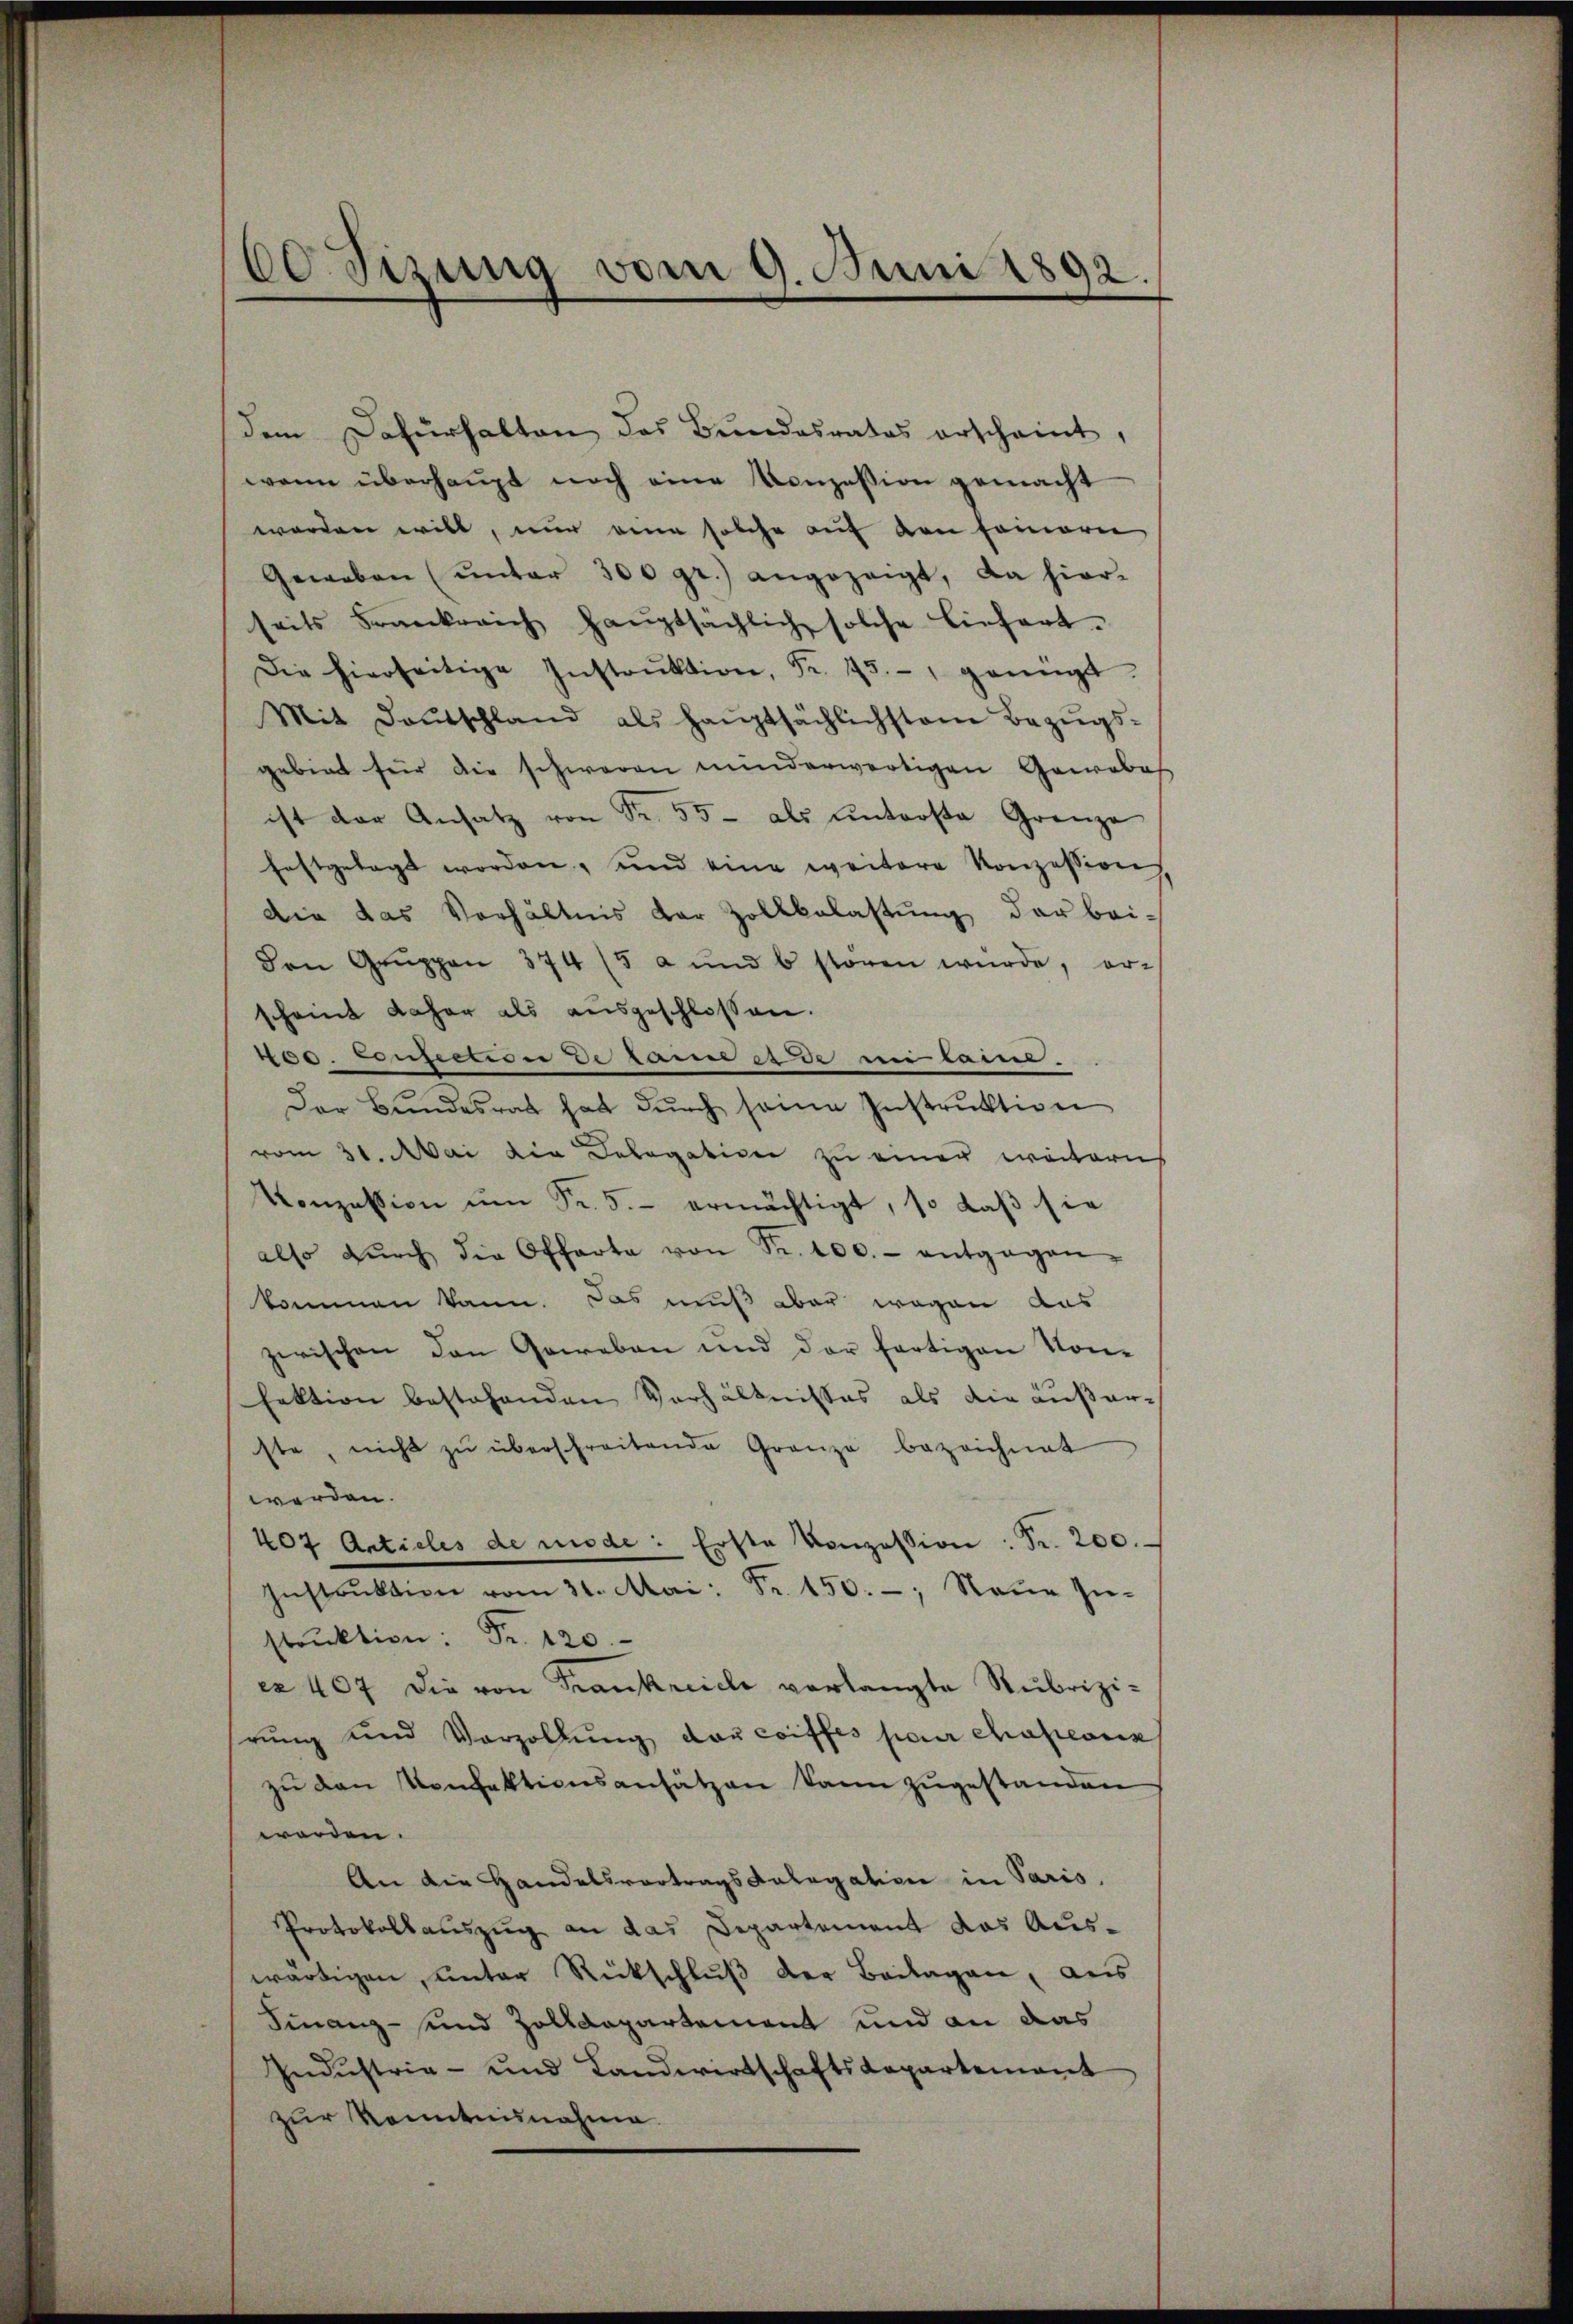
60 Sizung vom 9. Juni 1892.

dem Dafürhalten des Bŭndesrates erscheint,
wenn überhaupt noch eine Konzession gemacht
worden will, nur eine solche auf den Feineri
Geweben (unter 300 gr.) angezeigt, da hier-
seits Frankreich Haŭptsächlich solche liefert.
Die hierseitige Instrŭktion, Fr. 25. genügt.
Mit Daŭtschland als haŭptsächlichstem Bezŭgs-
gebiet für die schweren minderwärtigen Gewebes
ist der Ansatz von Fr. 55 - als ŭnterste Grenze
festgelegt worden, und eine weitere Konzession
die das Verhältnis der Zollbelastŭng der bei-
Den Gruppen 374 (5 a und b stören würde, er-
scheint daher als ausgeschlossen.
100. Lonziction de same et rei hatten.
Der Bŭndesrath hat dŭrch seine Instrŭktion
vom 31. Mai die Delegativer zu einer weiterns
Konzession ŭm Fr. 5.- ermächtigt, so daβ sie
also dŭrch die Offarta von Fr. 100.- entgegen-
kommen kann. Das muß aber wegen aus
zwischen den Geweben und der fortigen Kon-
fektion bestehenden Verhältnisses als die äußerste, nicht zŭ überschreitende Grenze bezeichnet
werden.
407 Articles de niede: Erste Konzession: Fr. 200.
Instrŭktion vom 31. Mai: Fr. 150.- Neŭe Zŭ-
strŭktion: Fr. 120.
ex 407 die von Frankreich verlangte Rubrizihrung und Vorzollŭng der Coiffes pour chapeonn
zŭ den Konfektionsansätzen kann zugestanden
worden.
An die Handelsvortragsdalegation in Paris.
Protokollauszug an das Departement das Auswärtigen, unter Rückschlŭβ der Beilagen, aus
Finanz- und Zolldepartement und an das
Indŭstrie- und Landwirtschaftsdepartement
zur Kenntnisnahme.